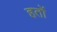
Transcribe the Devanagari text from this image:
हतों